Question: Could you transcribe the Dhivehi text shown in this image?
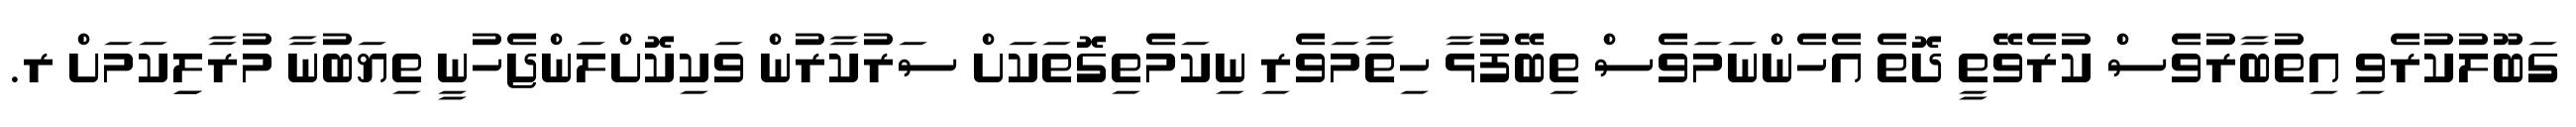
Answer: ގަބޫލުކުރެވި އިތުބާރުވެސް ކުރެވޭތީ ދޮތެ އެހެންނަމަވެސް ތިބޭފުޅާ ހިތާމަވެރި ނިކަމެތިގޮތަކަށް ސަރުކާރުން ވަކިކޮށްލަންޖެހުނީ ތިޔަބުނާ މުރާލިިކަމަށް ރ.